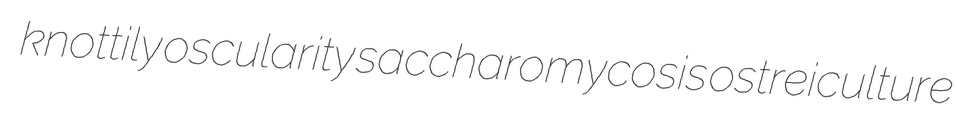
knottily oscularity saccharomycosis ostreiculture